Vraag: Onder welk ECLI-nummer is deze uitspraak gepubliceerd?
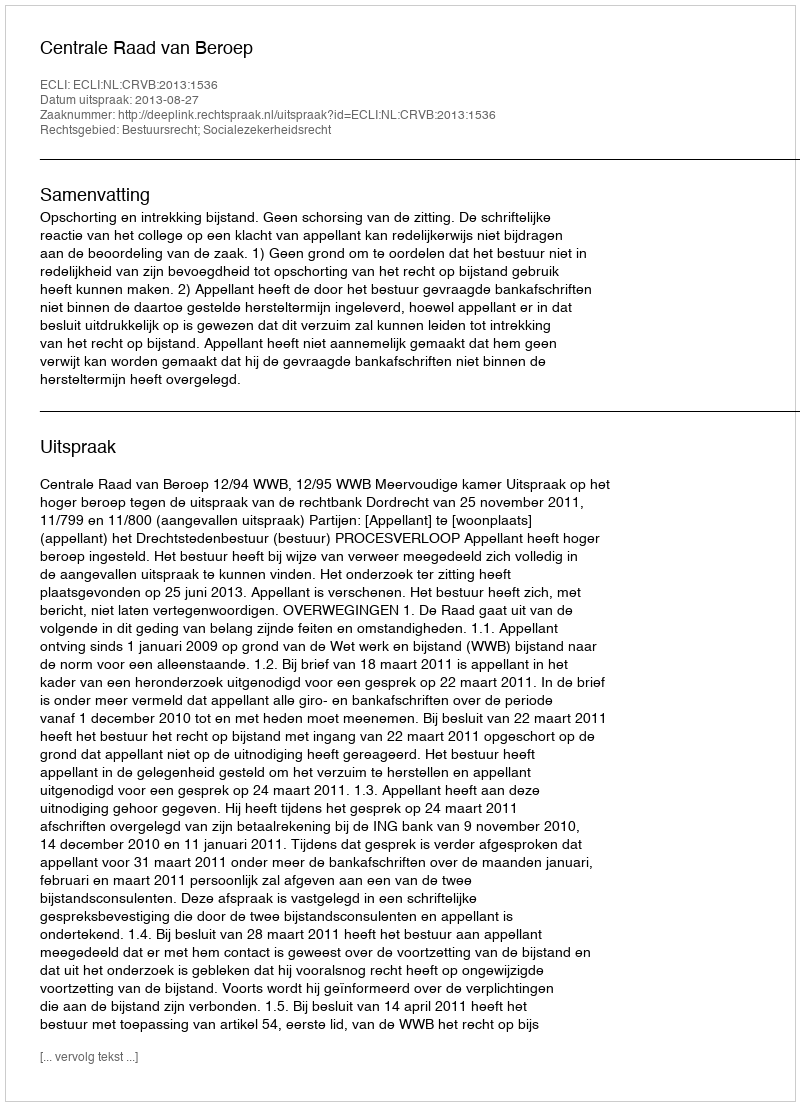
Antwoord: ECLI:NL:CRVB:2013:1536